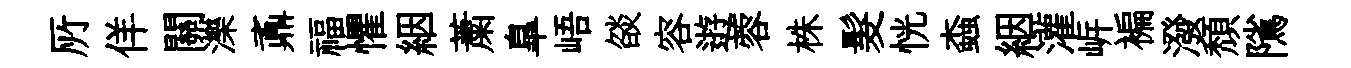
𠩄佯關濼鼒福懼絪䔥臯峿燄容逰蓉株髮恍螙絪灌㟁褊潑頽隲